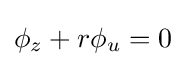
\phi _{z}+r\phi _{u}=0